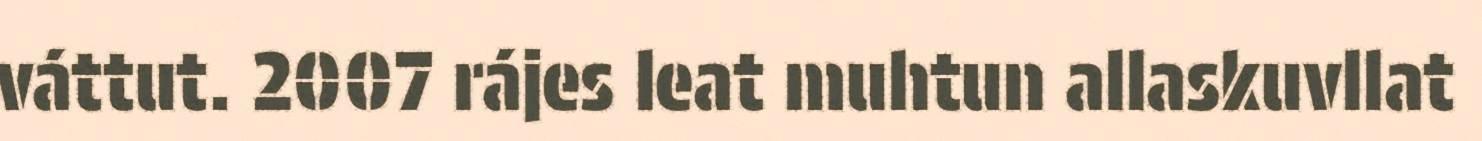
váttut. 2007 rájes leat muhtun allaskuvllat